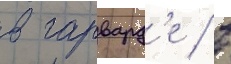
в гарвард'е / в